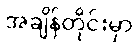
အချိန်တိုင်းမှာ